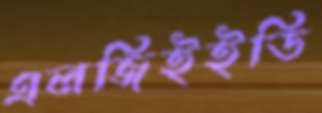
এলজিইইডি